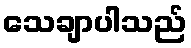
သေချာပါသည်